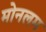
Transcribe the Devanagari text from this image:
मोनलम